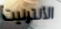
الأنترنيت